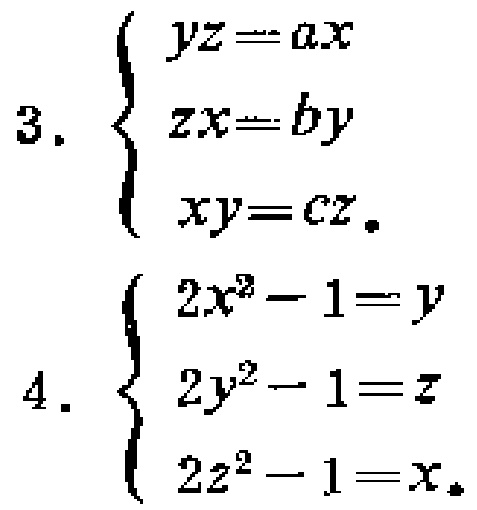
\[

\begin{cases}

yz = ax \\

zx = by \\

xy = cz

\end{cases}

\]

\[

\begin{cases}

2x^{2}-1 = y \\

2y^{2}-1 = z \\

2z^{2}-1 = x

\end{cases}

\]